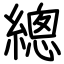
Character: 總